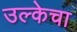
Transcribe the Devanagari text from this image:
उल्केचा